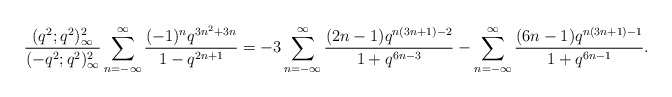
\begin{align*}\frac{(q^2;q^2)_\infty^2}{(-q^2;q^2)_\infty^2}\sum_{n=-\infty}^\infty\frac{(-1)^nq^{3n^2+3n}}{1-q^{2n+1}}=-3\sum_{n=-\infty}^\infty\frac{(2n-1)q^{n(3n+1)-2}}{1+q^{6n-3}}-\sum_{n=-\infty}^\infty\frac{(6n-1)q^{n(3n+1)-1}}{1+q^{6n-1}}.\end{align*}